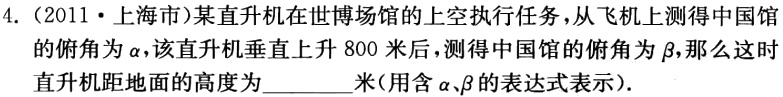
4.（2011·上海市）某直升机在世博场馆的上空执行任务，从飞机上测得中国馆的俯角为$\alpha$，该直升机垂直上升$800$米后，测得中国馆的俯角为$\beta$，那么这时直升机距地面的高度为  米（用含$\alpha、\beta$的表达式表示）.